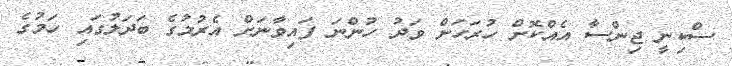
ސްކިނީ ޖިންސާ އެއްކޮށް ހުރަހަށް ވަދު ހުންނަ ފައިވާނަށް އެރުމުގެ ބަދަލުގައި ހަމުގެ